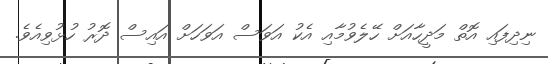
ނިދިފައި އޮތް މަދީހާއަށް ހޭލެވުމާއި އެކު އަވަސް އަވަހަށް އައިސް ދޮރު ހުޅުވިއެވެ.